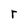
Character: r